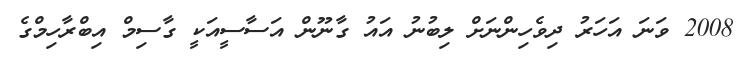
2008 ވަނަ އަހަރު ދިވެހިންނަށް ލިބުނު އައު ގާނޫން އަސާސީއަކީ ގާސިމް އިބްރާހިމްގެ